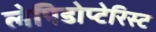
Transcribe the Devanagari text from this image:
लेपिडोप्टेरिस्ट